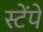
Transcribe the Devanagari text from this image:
स्टेंपे